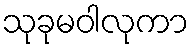
သုခုမဝါလုကာ